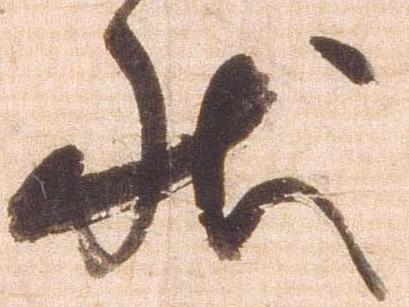
状